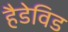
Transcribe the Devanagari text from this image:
हैडेविड